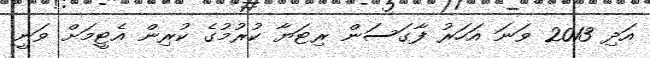
އަދި 2013 ވަނަ އަހަރު ފާގަސަން ރިޓަޔާ ކުރުމުގެ ކުރިން އެޓީމަށް ވަނީ